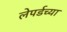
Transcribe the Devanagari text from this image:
लेपर्डच्या